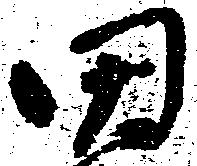
田